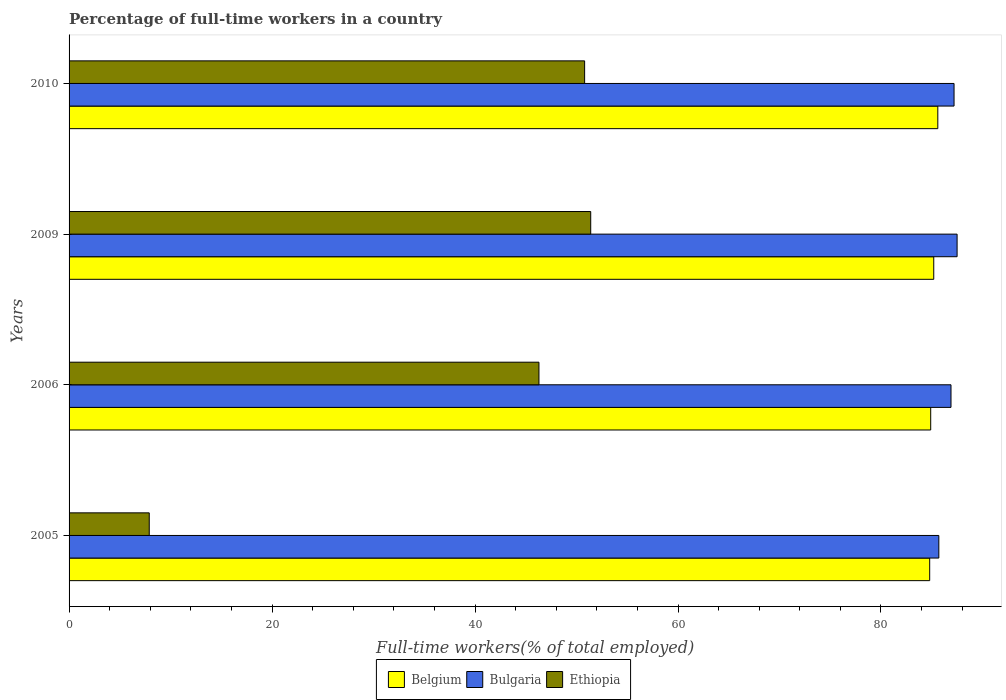
| Years | Belgium | Bulgaria | Ethiopia |
 | --- | --- | --- | --- |
 | 2005 | 84.8 | 85.7 | 7.9 |
 | 2006 | 84.9 | 86.9 | 46.3 |
 | 2009 | 85.2 | 87.5 | 51.4 |
 | 2010 | 85.6 | 87.2 | 50.8 |